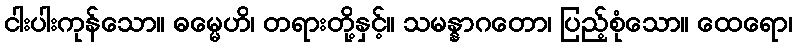
ငါးပါးကုန်သော။ ဓမ္မေဟိ၊ တရားတို့နှင့်။ သမန္နာဂတော၊ ပြည့်စုံသော။ ထေရော၊